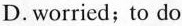
D. worried; to do